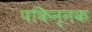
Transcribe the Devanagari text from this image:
पकिन्नक